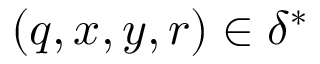
( q , x , y , r ) \in \delta ^ { * }